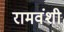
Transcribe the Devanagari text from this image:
रामवंशी